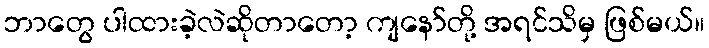
ဘာတွေ ပါထားခဲ့လဲဆိုတာတော့ ကျနော်တို့ အရင်သိမှ ဖြစ်မယ်။